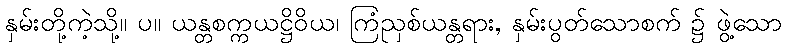
နှမ်းတို့ကဲ့သို့။ ပ။ ယန္တစက္ကယဋ္ဌိဝိယ၊ ကြံညှစ်ယန္တရား, နှမ်းပွတ်သောစက် ၌ ဖွဲ့သော